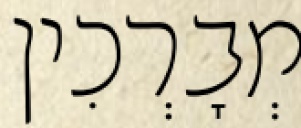
מְבָרְכִין